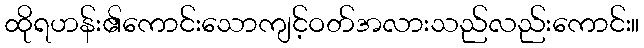
ထိုရဟန်း၏ကောင်းသောကျင့်ဝတ်အလားသည်လည်းကောင်း။